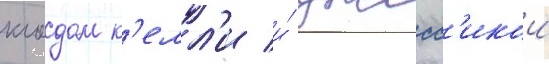
клодом к'елл'и и́ джесс'икои